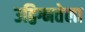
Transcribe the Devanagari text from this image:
उद्विग्नतेला